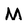
Character: M